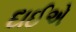
દાઈએ